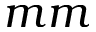
m m